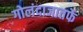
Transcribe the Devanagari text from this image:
गोलंदाजातर्फे